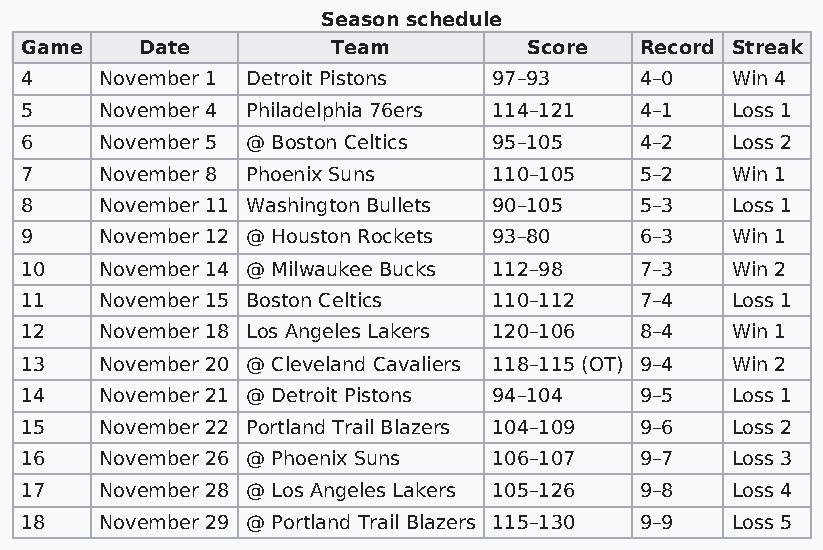
Season schedule
 Game    Date         Team         Score  Record Streak
 4     November 1 Detroit Pistons 97–93   4–0   Win 4
 5     November 4 Philadelphia 76ers 114–121 4–1 Loss 1
 6     November 5 @ Boston Celtics 95–105 4–2   Loss 2
 7     November 8 Phoenix Suns   110–105  5–2   Win 1
 8     November 11 Washington Bullets 90–105 5–3 Loss 1
 9     November 12 @ Houston Rockets 93–80 6–3  Win 1
 10    November 14 @ Milwaukee Bucks 112–98 7–3 Win 2
 11    November 15 Boston Celtics 110–112 7–4   Loss 1
 12    November 18 Los Angeles Lakers 120–106 8–4 Win 1
 13    November 20 @ Cleveland Cavaliers 118–115 (OT) 9–4 Win 2
 14    November 21 @ Detroit Pistons 94–104 9–5 Loss 1
 15    November 22 Portland Trail Blazers 104–109 9–6 Loss 2
 16    November 26 @ Phoenix Suns 106–107 9–7   Loss 3
 17    November 28 @ Los Angeles Lakers 105–126 9–8 Loss 4
 18    November 29 @ Portland Trail Blazers 115–130 9–9 Loss 5